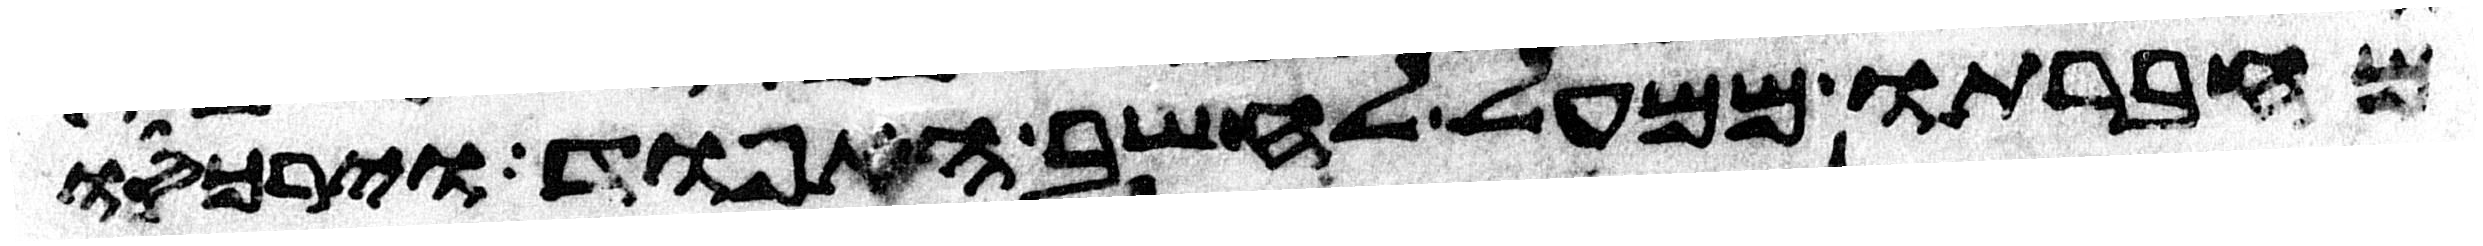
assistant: מחברתו ממעל לחשב האפוד וירכסו